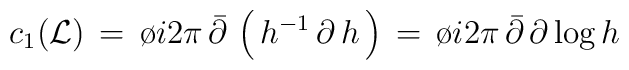
c_1 ( {\cal L} ) \, =\, \o{i}{2\pi}\, {\bar \partial} \,\left ( \, h^{-1} \, \partial \, h \, \right )\, =\, \o{i}{2\pi} \,{\bar \partial} \,\partial \, \mbox{log} \,  h